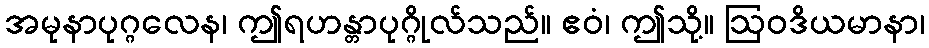
အမုနာပုဂ္ဂလေန၊ ဤရဟန္တာပုဂ္ဂိုလ်သည်။ ဧဝံ၊ ဤသို့။ ဩဝဒိယမာနာ၊